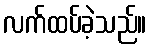
လက်ထပ်ခဲ့သည်။